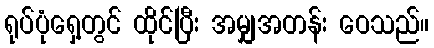
ရုပ်ပုံရှေ့တွင် ထိုင်ပြီး အမျှအတန်း ဝေသည်။